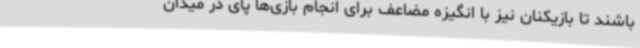
باشند تا بازیکنان نیز با انگیزه مضاعف برای انجام بازی‌ها پای در میدان